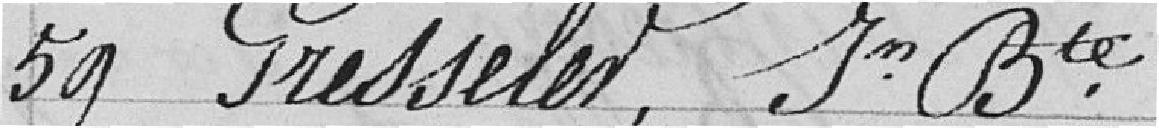
59 Presselet, Im Bte